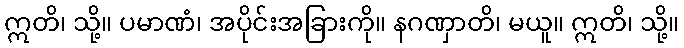
ဣတိ၊ သို့။ ပမာဏံ၊ အပိုင်းအခြားကို။ နဂဏှာတိ၊ မယူ။ ဣတိ၊ သို့။